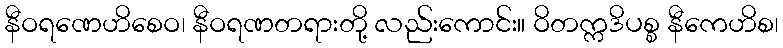
နီဝရဏေဟိစေဝ၊ နီဝရဏတရားတို့ လည်းကောင်း။ ဝိတက္ကဒိပစ္စ နီကေဟိစ၊